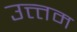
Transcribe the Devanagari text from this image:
उत्त्तम